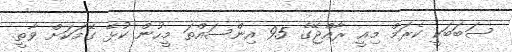
ސަބަބަކީ ކެރަމް މިއީ ރާއްޖޭގެ 95 އިންސައްތަ މީހުން ކުޅޭ ގޭމަކަށް ވާތީ.